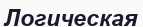
Логическая